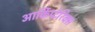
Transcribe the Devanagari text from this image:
आर्किप्टेरिक्स